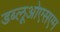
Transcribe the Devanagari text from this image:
डब्लूओएसएम